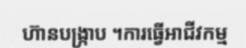
ហ៊ានបង្ក្រាប ។ការធ្វើអាជីវកម្ម